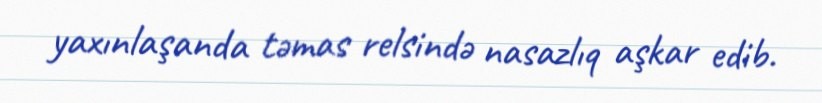
yaxınlaşanda təmas relsində nasazlıq aşkar edib.